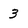
Character: 3